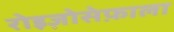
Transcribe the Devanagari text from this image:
रोइज़ोसेफ़ाला